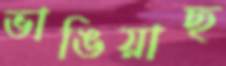
ভাঙিয়াছ